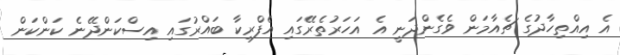
އެ އިއްތިހާދުގެ ޗެއާމަން ވެގެންދަނީ އެ އަހަރުތެރޭގައި އެފްރިކާ ބައްރުގައި އިސްކަންދޭނެ ކަންކަން